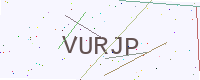
Text: VURJP